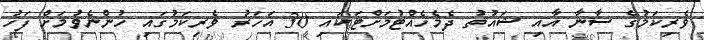
ވެރިކަމުގެ ސާނާ އާއި ޝައުތު ދެމެހެއްޓުމަށްޓަކައި 30 އަހަރު ވެރިކަމުގައި ހުންނެވުމަށް ފަހު